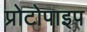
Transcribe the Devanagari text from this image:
प्रोटोपाइप